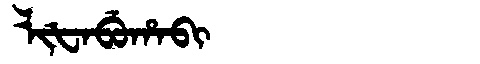
Manchu: ᠯᡳᡶᠠᠪᡠᡥᠠᠪᡳ
Romanization: LIFABUHABI